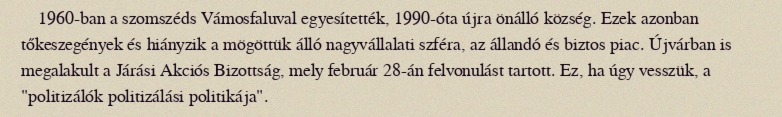
1960-ban a szomszéds Vámosfaluval egyesítették, 1990-óta újra önálló község. Ezek azonban tőkeszegények és hiányzik a mögöttük álló nagyvállalati szféra, az állandó és biztos piac. Újvárban is megalakult a Járási Akciós Bizottság, mely február 28-án felvonulást tartott. Ez, ha úgy vesszük, a "politizálók politizálási politikája".